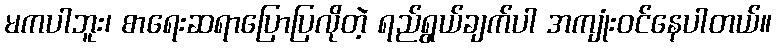
မကပါဘူး၊ စာရေးဆရာပြောပြလိုတဲ့ ရည်ရွယ်ချက်ပါ အကျုံးဝင်နေပါတယ်။